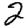
Digit: 2